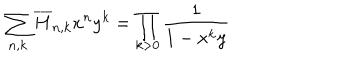
\sum _ { n , k } \overline { { { H } } } _ { n , k } x ^ { n } y ^ { k } = \prod _ { k > 0 } { \frac { 1 } { 1 - x ^ { k } y } }